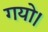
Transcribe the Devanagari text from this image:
गयो।